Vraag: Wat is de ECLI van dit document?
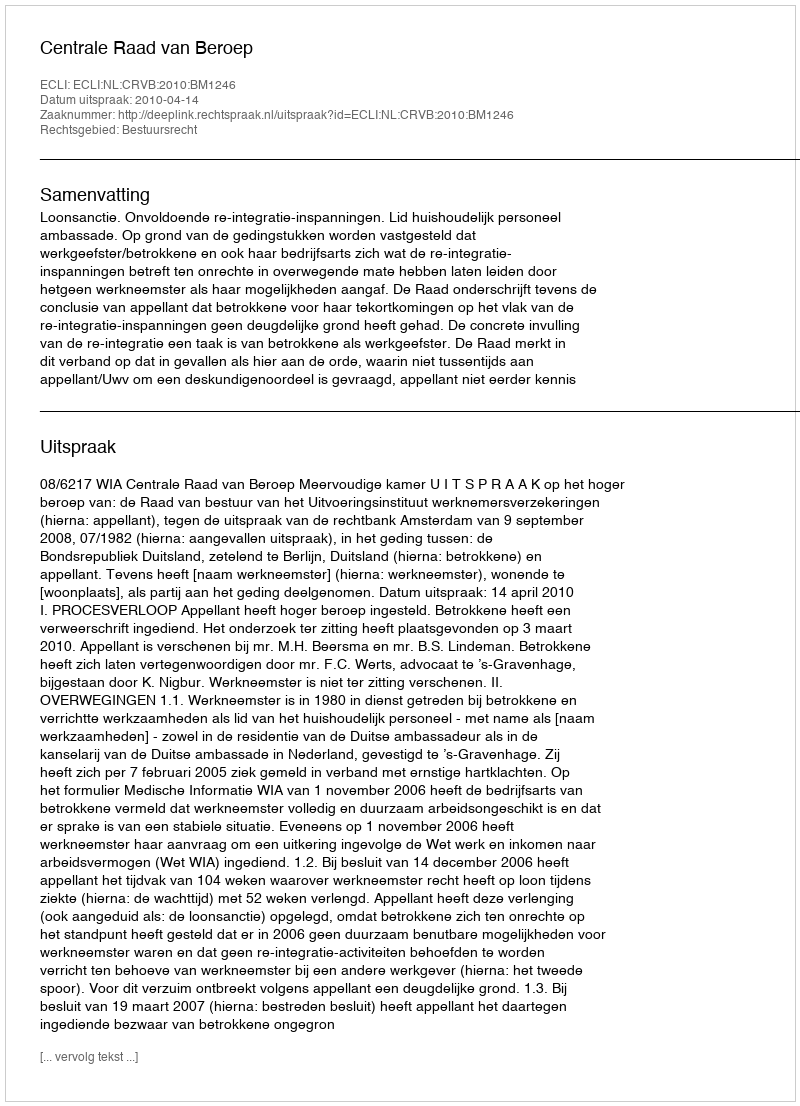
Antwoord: ECLI:NL:CRVB:2010:BM1246